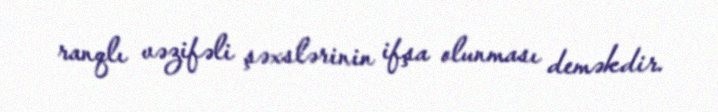
ranqlı vəzifəli şəxslərinin ifşa olunması deməkdir.